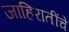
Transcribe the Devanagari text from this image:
जाहिरातींचे